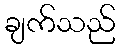
ချက်သည်